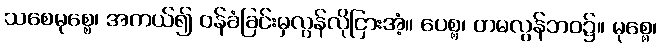
သစေမုစ္စေ၊ အကယ်၍ ဝန်ခံခြင်းမှလွန်လိုငြားအံ့။ ပေစ္စ၊ တမလွန်ဘဝ၌။ မုစ္စေ၊